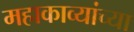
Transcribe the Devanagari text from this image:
महाकाव्यांच्या